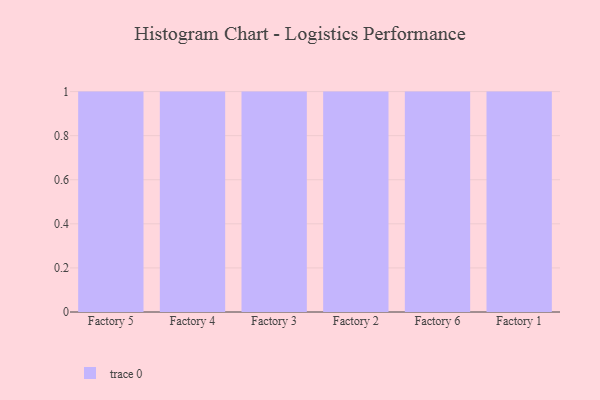
{"axis": {"x": "Factory", "y": "Temperature (°C)"}, "legend": [""], "data": [{"x": "Factory 5", "y": 27, "type": ""}, {"x": "Factory 4", "y": 63, "type": ""}, {"x": "Factory 3", "y": 67, "type": ""}, {"x": "Factory 2", "y": 16, "type": ""}, {"x": "Factory 6", "y": 89, "type": ""}, {"x": "Factory 1", "y": 32, "type": ""}]}